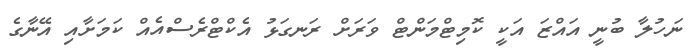
ނަހުލާ ބުނީ އައްޒަ އަކީ ކޮމިޓްމަންޓް ވަރަށް ރަނގަޅު އެކްޓްރެސްއެއް ކަމަށާއި އޭނާގެ